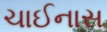
ચાઈનાસ